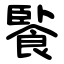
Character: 䭆